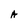
Character: A